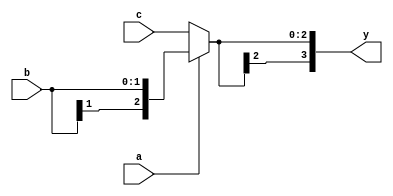
module test09(a, b, c, y);
  input a;
  input signed [1:0] b;
  input signed [2:0] c;
  output [3:0] y;
  assign y = a ? b : c;
endmodule